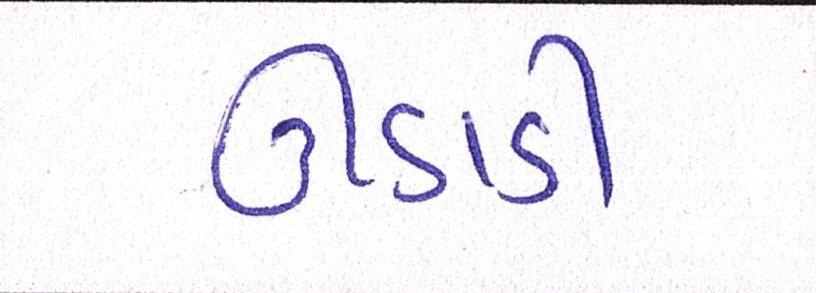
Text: ઊડાડી